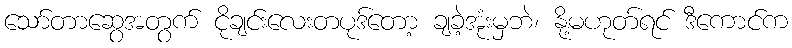
သော်တာဆွေအတွက် ငိုချင်းလေးတပုဒ်တော့ ချခဲ့အုံးမှဘဲ၊ နို့မဟုတ်ရင် ဒီကောင်က